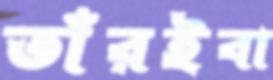
তাঁরইবা